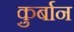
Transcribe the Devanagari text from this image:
कु़र्बान